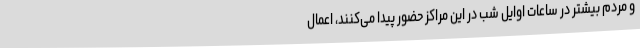
و مردم بیشتر در ساعات اوایل شب در این مراکز حضور پیدا می‌کنند، اعمال